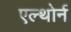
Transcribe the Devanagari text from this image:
एल्थोर्न